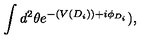
\int d ^ { 2 } \theta e ^ { - ( V ( D _ { i } ) ) + i \phi _ { D _ { i } } } ) ,